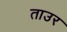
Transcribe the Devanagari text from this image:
ताउर